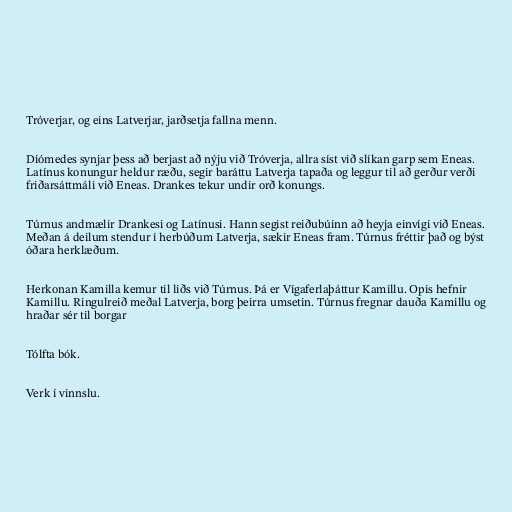
Tróverjar, og eins Latverjar, jarðsetja fallna menn.

Díómedes synjar þess að berjast að nýju við Tróverja, allra síst við slíkan garp sem Eneas.
Latínus konungur heldur ræðu, segir baráttu Latverja tapaða og leggur til að gerður verði
friðarsáttmáli við Eneas. Drankes tekur undir orð konungs.

Túrnus andmælir Drankesi og Latínusi. Hann segist reiðubúinn að heyja einvígi við Eneas.
Meðan á deilum stendur í herbúðum Latverja, sækir Eneas fram. Túrnus fréttir það og býst
óðara herklæðum.

Herkonan Kamilla kemur til liðs við Túrnus. Þá er Vígaferlaþáttur Kamillu. Opis hefnir
Kamillu. Ringulreið meðal Latverja, borg þeirra umsetin. Túrnus fregnar dauða Kamillu og
hraðar sér til borgar

Tólfta bók.

Verk í vinnslu.